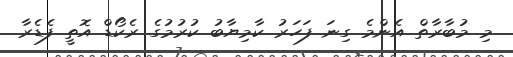
މި މުބާރާތް އެންމެ ގިނަ ފަހަރު ކާމިޔާބު ކުރުމުގެ ރެކޯޑް އޮތީ ފެޑެރާ